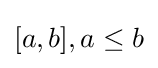
[a,b],a\leq b